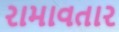
રામાવતાર